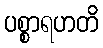
ပစ္စာရဟတိ